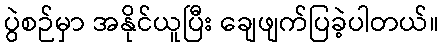
ပွဲစဉ်မှာ အနိုင်ယူပြီး ချေဖျက်ပြခဲ့ပါတယ်။